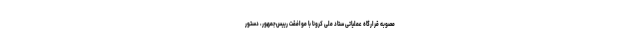
مصوبه قرارگاه عملیاتی ستاد ملی کرونا با موافقت رییس‌جمهور، دستور